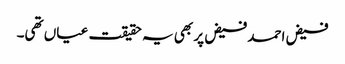
فیض احمد فیض پر بھی یہ حقیقت عیاں تھی۔